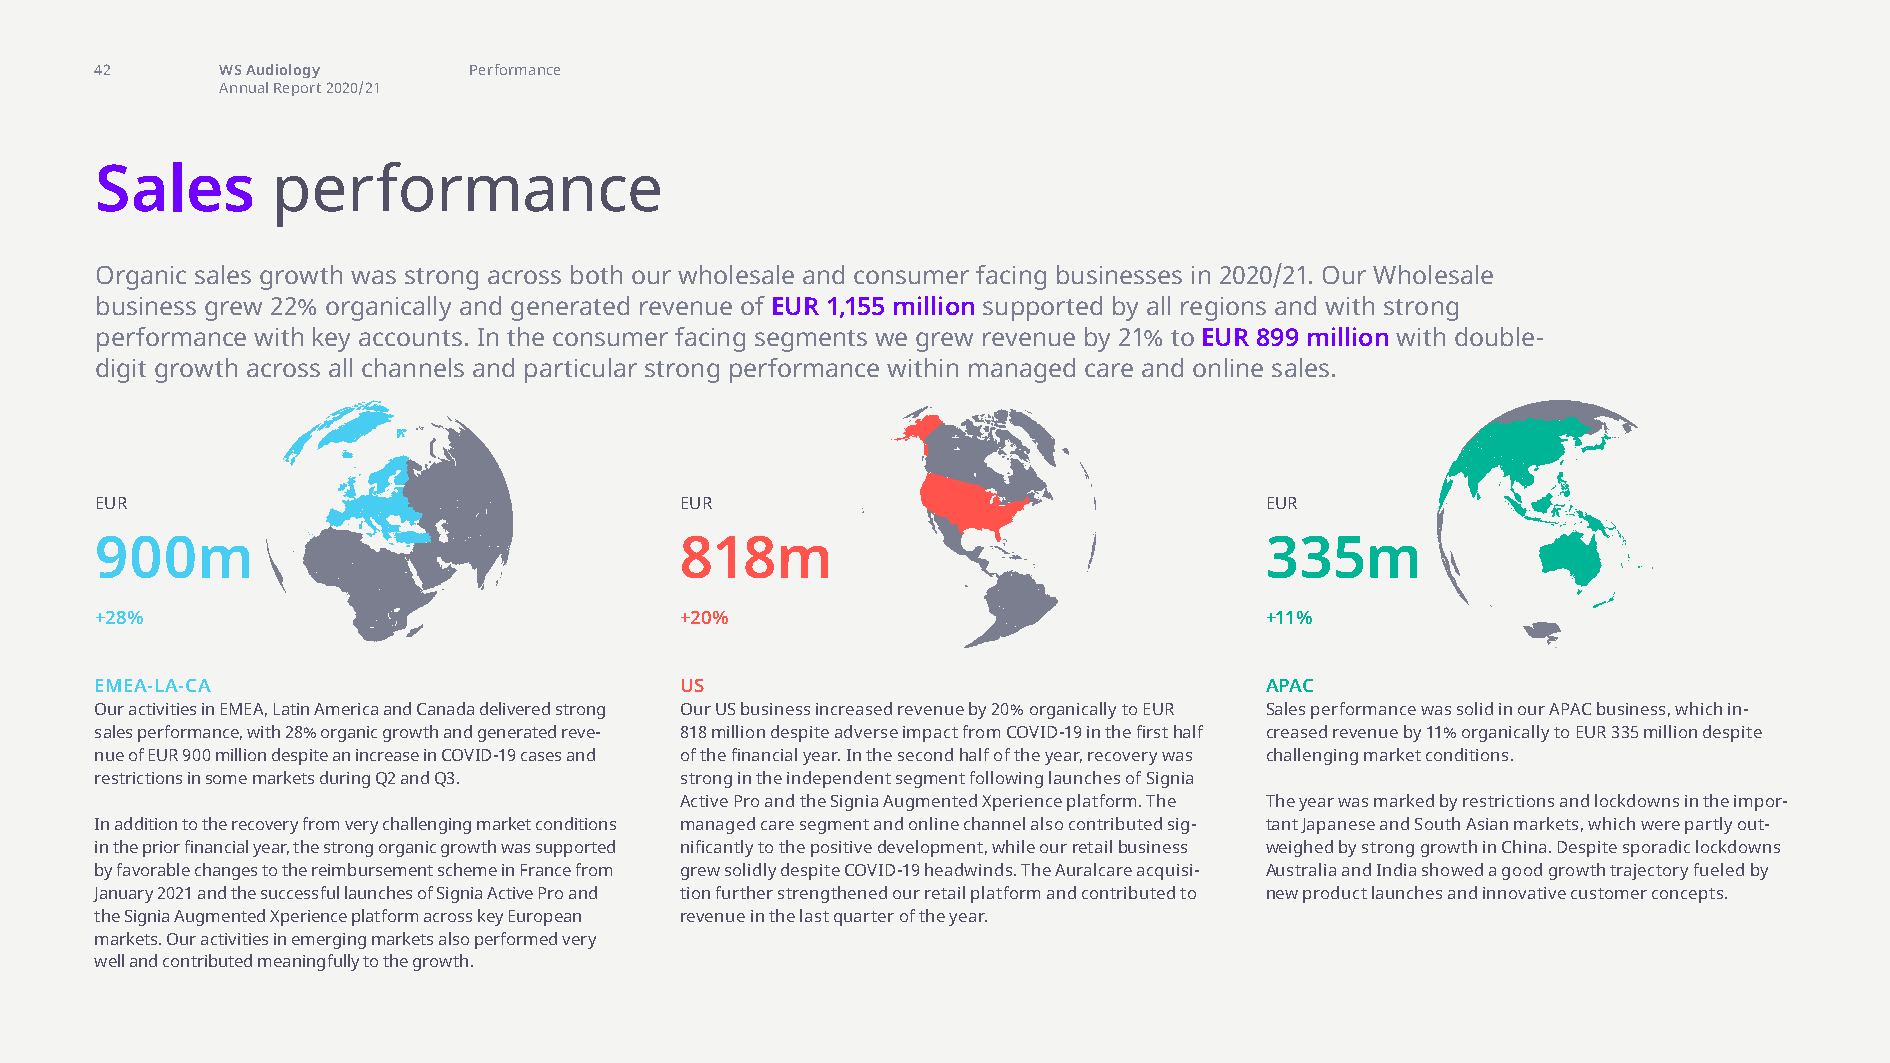
sales performance
 42       WS Audiology    Performance
 Annual Report 2020/21
 Sales       performance
 Organic sales growth was strong across both our wholesale and consumer facing businesses in 2020/21. Our Wholesale
 business grew 22% organically and generated revenue of EUR 1,155 million supported by all regions and with strong
 performance with key accounts. In the consumer facing segments we grew revenue by 21% to EUR 899 million with double-
 digit growth across all channels and particular strong performance within managed care and online sales.
 EUR                                    EUR                                    EUR
 900m                                   818m                                   335m
 +28%                                   +20%                                   +11%
 EMEA-LA-CA                             US                                     APAC
 Our activities in EMEA, Latin America and Canada delivered strong Our US business increased revenue by 20% organically to EUR Sales performance was solid in our APAC business, which in-
 sales performance, with 28% organic growth and generated reve- 818 million despite adverse impact from COVID-19 in the first half creased revenue by 11% organically to EUR 335 million despite
 nue of EUR 900 million despite an increase in COVID-19 cases and of the financial year. In the second half of the year, recovery was challenging market conditions.
 restrictions in some markets during Q2 and Q3. strong in the independent segment following launches of Signia
 Active Pro and the Signia Augmented Xperience platform. The The year was marked by restrictions and lockdowns in the impor-
 In addition to the recovery from very challenging market conditions managed care segment and online channel also contributed sig- tant Japanese and South Asian markets, which were partly out-
 in the prior financial year, the strong organic growth was supported nificantly to the positive development, while our retail business weighed by strong growth in China. Despite sporadic lockdowns
 by favorable changes to the reimbursement scheme in France from grew solidly despite COVID-19 headwinds. The Auralcare acquisi- Australia and India showed a good growth trajectory fueled by
 January 2021 and the successful launches of Signia Active Pro and tion further strengthened our retail platform and contributed to new product launches and innovative customer concepts.
 the Signia Augmented Xperience platform across key European revenue in the last quarter of the year.
 markets. Our activities in emerging markets also performed very
 well and contributed meaningfully to the growth.